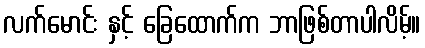
လက်မောင်း နှင့် ခြေထောက်က ဘာဖြစ်တာပါလိမ့်။